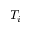
T _ { i }